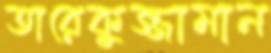
তারেকুজ্জামান